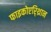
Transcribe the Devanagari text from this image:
फाइकोएरि्थ्रान